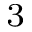
^ 3